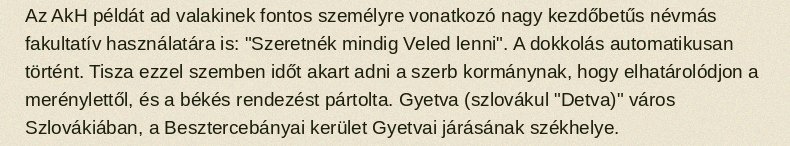
Az AkH példát ad valakinek fontos személyre vonatkozó nagy kezdőbetűs névmás fakultatív használatára is: "Szeretnék mindig Veled lenni". A dokkolás automatikusan történt. Tisza ezzel szemben időt akart adni a szerb kormánynak, hogy elhatárolódjon a merénylettől, és a békés rendezést pártolta. Gyetva (szlovákul "Detva)" város Szlovákiában, a Besztercebányai kerület Gyetvai járásának székhelye.